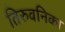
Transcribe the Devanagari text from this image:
तिरुवनिका